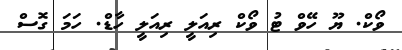
ވޯކް. ޔޫ ހޭވް ޓު ވޯކް ރިއަލީ ރިއަލީ ހާޑް. ހަމަ ގޮސް